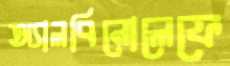
অ্যালবিনোলেফে